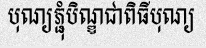
បុណ្យភ្ជុំបិណ្ឌជាពិធីបុណ្យ